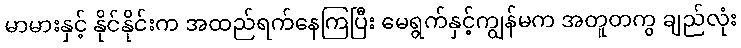
မာမားနှင့် နိုင်နိုင်းက အထည်ရက်နေကြပြီး မေရွက်နှင့်ကျွန်မက အတူတကွ ချည်လုံး